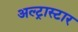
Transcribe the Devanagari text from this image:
अल्ट्रास्टार